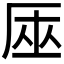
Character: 𠩟